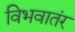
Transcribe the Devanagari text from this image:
विभवातंर